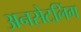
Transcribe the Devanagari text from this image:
अनसेटलिंग